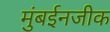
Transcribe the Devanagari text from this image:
मुंबईनजीक